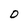
Character: 0